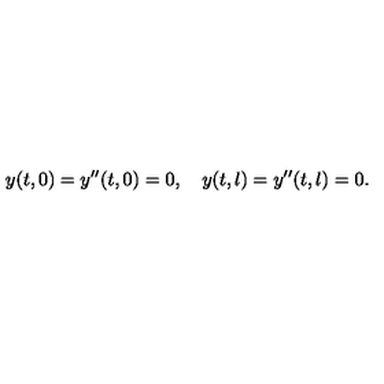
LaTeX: y ( t , 0 ) = y ^ { \prime \prime } ( t , 0 ) = 0 , \quad y ( t , l ) = y ^ { \prime \prime } ( t , l ) = 0 .